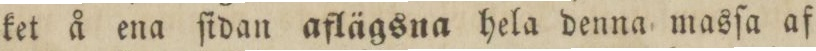
ket å ena ſidan aflägsna hela denna masſa af